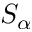
S _ { \alpha }